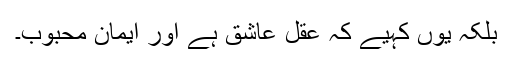
بلکہ یوں کہیے کہ عقل عاشق ہے اور ایمان محبوب۔